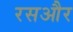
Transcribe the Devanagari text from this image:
रसऔर